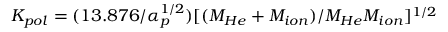
K _ { p o l } = ( 1 3 . 8 7 6 / \alpha _ { p } ^ { 1 / 2 } ) [ ( M _ { H e } + M _ { i o n } ) / M _ { H e } M _ { i o n } ] ^ { 1 / 2 }